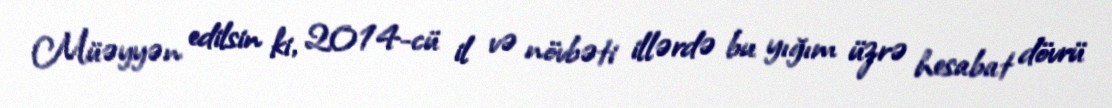
Müəyyən edilsin ki, 2014-cü il və növbəti illərdə bu yığım üzrə hesabat dövrü